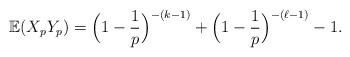
LaTeX: \begin{align*} \mathbb{E}(X_{p}Y_{p}) = \Big( 1-\frac{1}{p} \Big)^{-(k-1)}+ \Big( 1-\frac{1}{p} \Big)^{-(\ell-1)}-1.\end{align*}